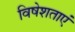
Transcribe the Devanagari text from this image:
विषेशताएं